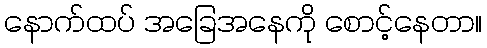
နောက်ထပ် အခြေအနေကို စောင့်နေတာ။